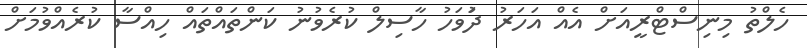
ހެލްތު މިނިސްޓްރީއަށް އެއް އަހަރު ދުަވަހު ހާސިލް ކުރެވުނު ކަންތައްތައް ހިއްސާ ކުރެއްވުމަށް